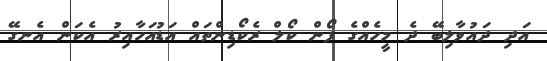
އަދި ދައުވާލިބޭ ދެ މީހެއްގެ ފޯން ކޯލް ރެކޯޑިންތައް އަޑުއަހާއިރު އެކަން އެނގޭ